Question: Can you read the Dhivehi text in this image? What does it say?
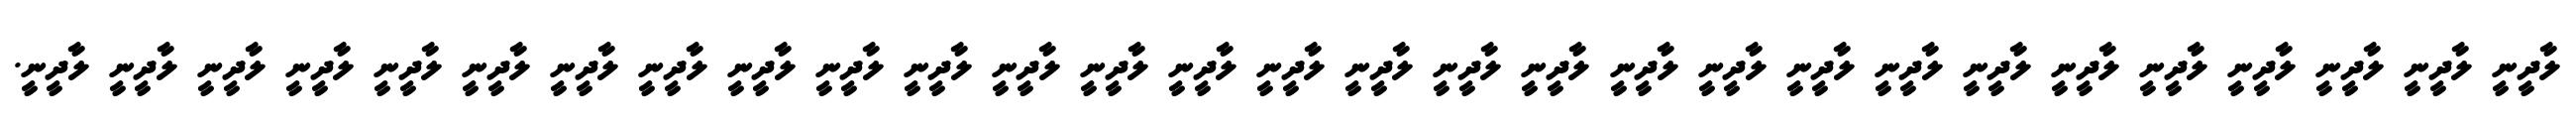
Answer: ލާދީނީ ލާދީނީ ލާދީނީ ލާދީނީ ލާދީނީ ލާދީނީ ލާދީނީ ލާދީނީ ލާދީނީ ލާދީނީ ލާދީނީ ލާދީނީ ލާދީނީ ލާދީނީ ލާދީނީ ލާދީނީ ލާދީނީ ލާދީނީ ލާދީނީ ލާދީނީ ލާދީނީ ލާދީނީ ލާދީނީ ލާދީނީ ލާދީނީ ލާދީނީ ލާދީނީ ލާދީނީ ލާދީނީ.